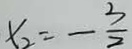
x _ { 2 } = - \frac { 3 } { 2 }